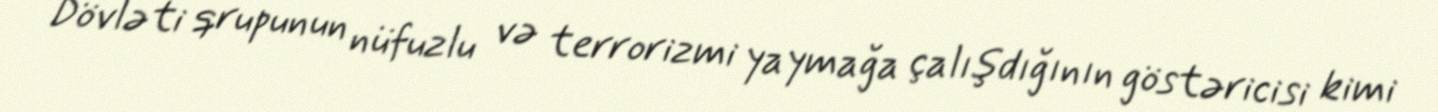
Dövləti qrupunun nüfuzlu və terrorizmi yaymağa çalışdığının göstəricisi kimi